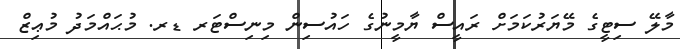
މާލޭ ސިޓީގެ މޭޔަރުކަމަށް ރައީސް ޔާމީނުގެ ހައުސިން މިނިސްޓަރ ޑރ. މުޙައްމަދު މުޢިޒް